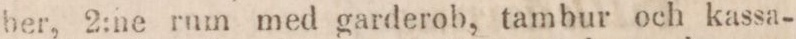
ber, 2:ne rum med garderob, tambur och kassa-